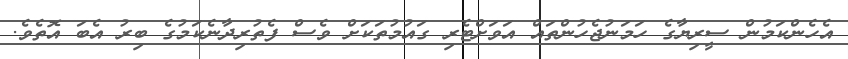
އެހެންކަމުން ސީރިޔާގެ ހަމަނުޖެހުންތައް އަވަށްޓެރި ގައުމުތަކަށް ވެސް ފެތުރިދާނެކަމުގެ ބިރު އެބަ އޮތެވެ.